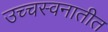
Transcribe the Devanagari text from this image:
उच्चस्वनातीत